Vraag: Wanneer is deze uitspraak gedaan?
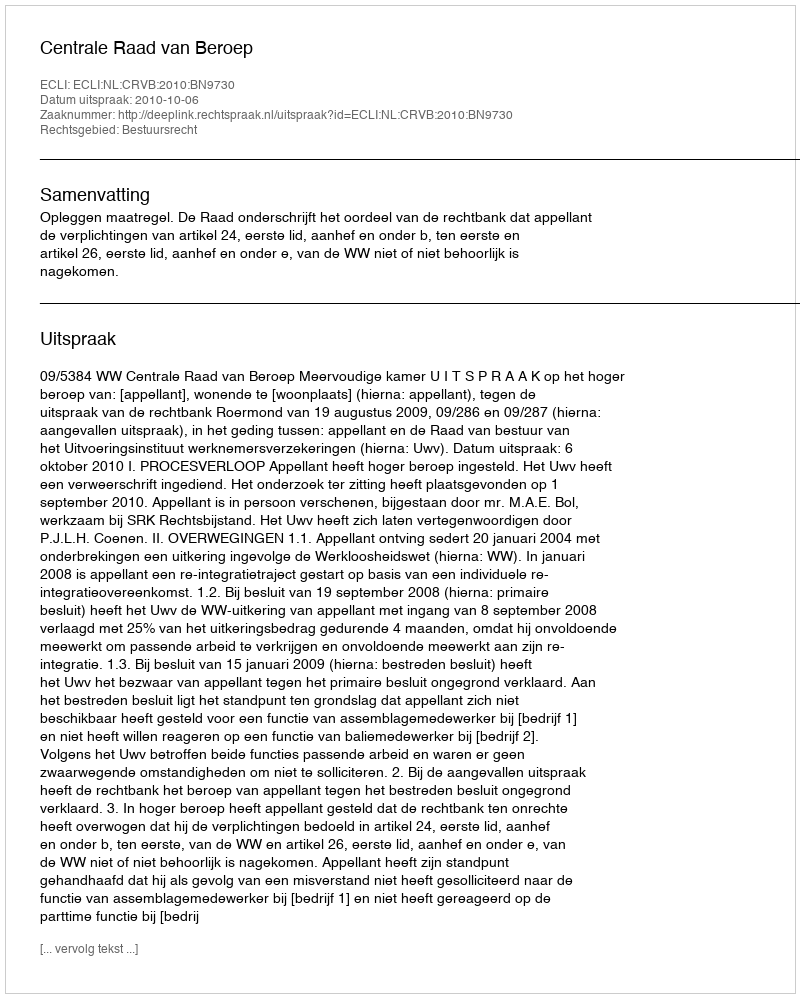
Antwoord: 2010-10-06